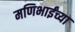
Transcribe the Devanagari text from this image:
मणिभाईंच्या